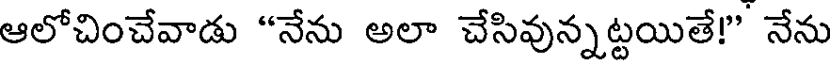
ఆలోచించేవాడు "నేను అలా చేసివున్నట్టయితే!" నేను